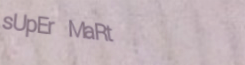
sUpEr MaRt